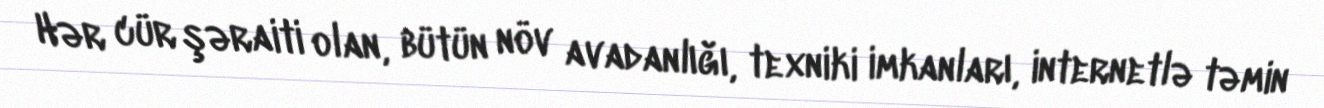
Hər cür şəraiti olan, bütün növ avadanlığı, texniki imkanları, internetlə təmin